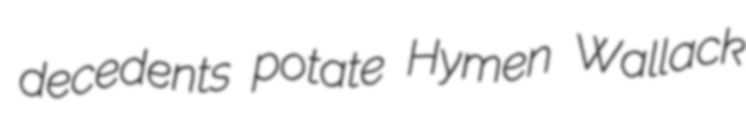
decedents potate Hymen Wallack